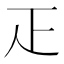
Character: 𤴓